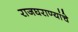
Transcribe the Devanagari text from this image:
राजघराण्यांचे